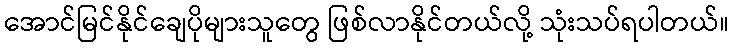
အောင်မြင်နိုင်ချေပိုများသူတွေ ဖြစ်လာနိုင်တယ်လို့ သုံးသပ်ရပါတယ်။